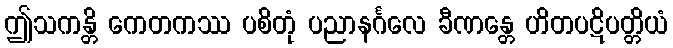
ဤသကန္တိ ကေတကဿ ပစိတုံ ပညာနင်္ဂလေ ခီဏန္တေ ဟိတပဋိပတ္တိယံ